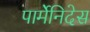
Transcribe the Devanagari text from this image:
पार्मेनिदेस